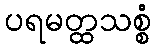
ပရမတ္ထသစ္စံ